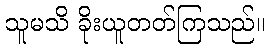
သူမသိ ခိုးယူတတ်ကြသည်။